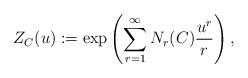
LaTeX: \begin{align*} Z_{C}(u):=\exp\left(\sum_{r=1}^{\infty}N_{r}(C)\frac{u^{r}}{r}\right),\end{align*}